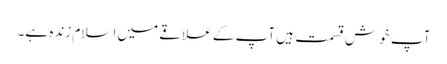
آپ خوش قسمت ہیں آپ کے علاقے میں اسلام زندہ ہے۔